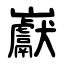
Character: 巚